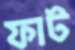
ফাট